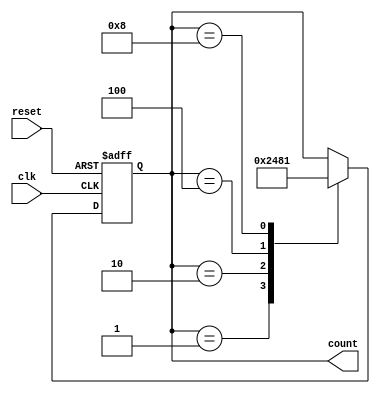
module johnson_counter(
    input wire clk, // clock input
    input wire reset, // reset input
    output reg [3:0] count // 4-bit counter output
);

reg [3:0] state; // internal state variable

always @(posedge clk or posedge reset) begin
    if (reset) begin
        state <= 4'b0001; // initial state
    end else begin
        case(state)
            4'b0001: state <= 4'b0010;
            4'b0010: state <= 4'b0100;
            4'b0100: state <= 4'b1000;
            4'b1000: state <= 4'b0001;
        endcase
    end
end

assign count = state; // output the current state

endmodule